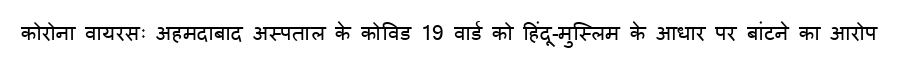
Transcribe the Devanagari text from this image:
कोरोना वायरसः अहमदाबाद अस्पताल के कोविड 19 वार्ड को हिंदू-मुस्लिम के आधार पर बांटने का आरोप